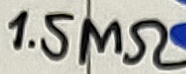
Text: 1.5MΩ